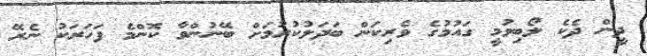
ދީން ދެކެ ލޯބިވުމީ ގައުމުގެ ވެރިކަން ބަދަލުކުރުމަށް ބޭނުންވާ ކޮންމެ ފަހަރަކު ނެރޭ